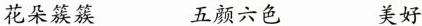
花朵簇簇 五颜六色 美好